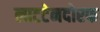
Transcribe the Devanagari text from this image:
लाटटेनदोरफ